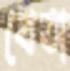
বেতা